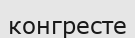
конгресте